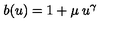
b ( u ) = 1 + \mu \: u ^ { \gamma }